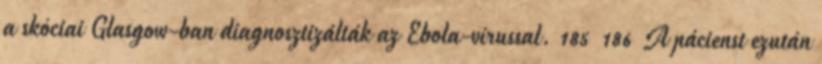
a skóciai Glasgow-ban diagnosztizálták az Ebola-vírussal. 185 186 A pácienst ezután